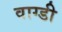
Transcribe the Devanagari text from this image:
वाग्डी